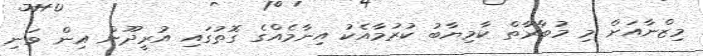
މިޒްނާއަށް މި މުބާރާތް ކާމިޔާބު ކުރުމާއެކު އިނާމެއްގެ ގޮތުގައި އުރީދޫން އިން ވަނި